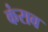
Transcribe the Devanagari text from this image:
कंराव